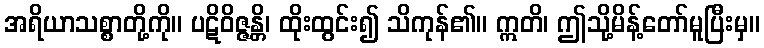
အရိယာသစ္စာတို့ကို။ ပဋိဝိဇ္ဇန္တိ၊ ထိုးထွင်း၍ သိကုန်၏။ ဣတိ၊ ဤသို့မိန့်တော်မူပြီးမှ။